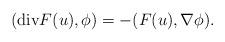
LaTeX: \begin{align*}(\mathrm{div} F(u), \phi) = -(F(u), \nabla \phi).\end{align*}